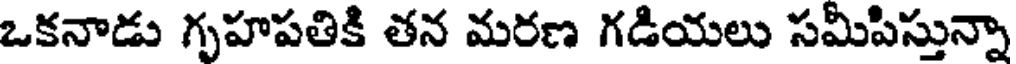
ఒకనాడు గృహపతికి తన మరణ గడియలు సమీపిస్తున్నా